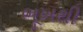
ભૂખથી